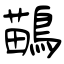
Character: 鶓